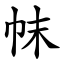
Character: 帓